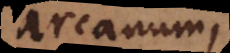
arcanum,